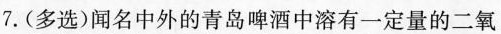
7. (多选)闻名中外的青岛啤酒中溶有一定量的二氧